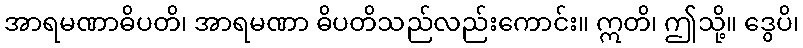
အာရမဏာဓိပတိ၊ အာရမဏာ ဓိပတိသည်လည်းကောင်း။ ဣတိ၊ ဤသို့။ ဒွေပိ၊